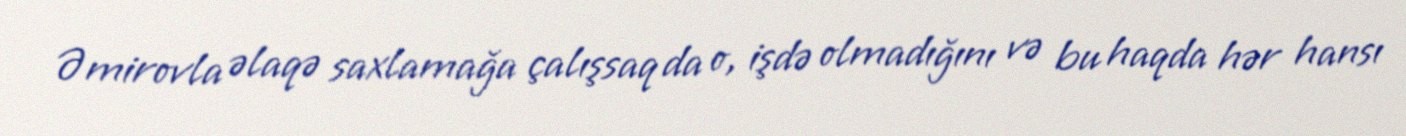
Əmirovla əlaqə saxlamağa çalışsaq da o, işdə olmadığını və bu haqda hər hansı